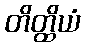
တိတ္ထိယံ